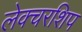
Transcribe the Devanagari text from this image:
लेक्चरशिप